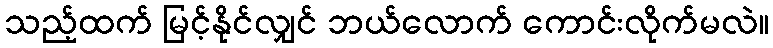
သည့်ထက် မြင့်နိုင်လျှင် ဘယ်လောက် ကောင်းလိုက်မလဲ။